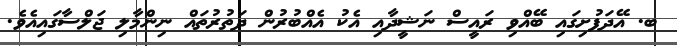
ބ. އޭދަފުށިގައި ބޭއްވި ރައީސް ނަޝީދާއި އެކު އެއްބުރުން ދަތުރުތައް ނިންމާލި ޖަލްސާގައިއެވެ.